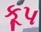
કૂપ